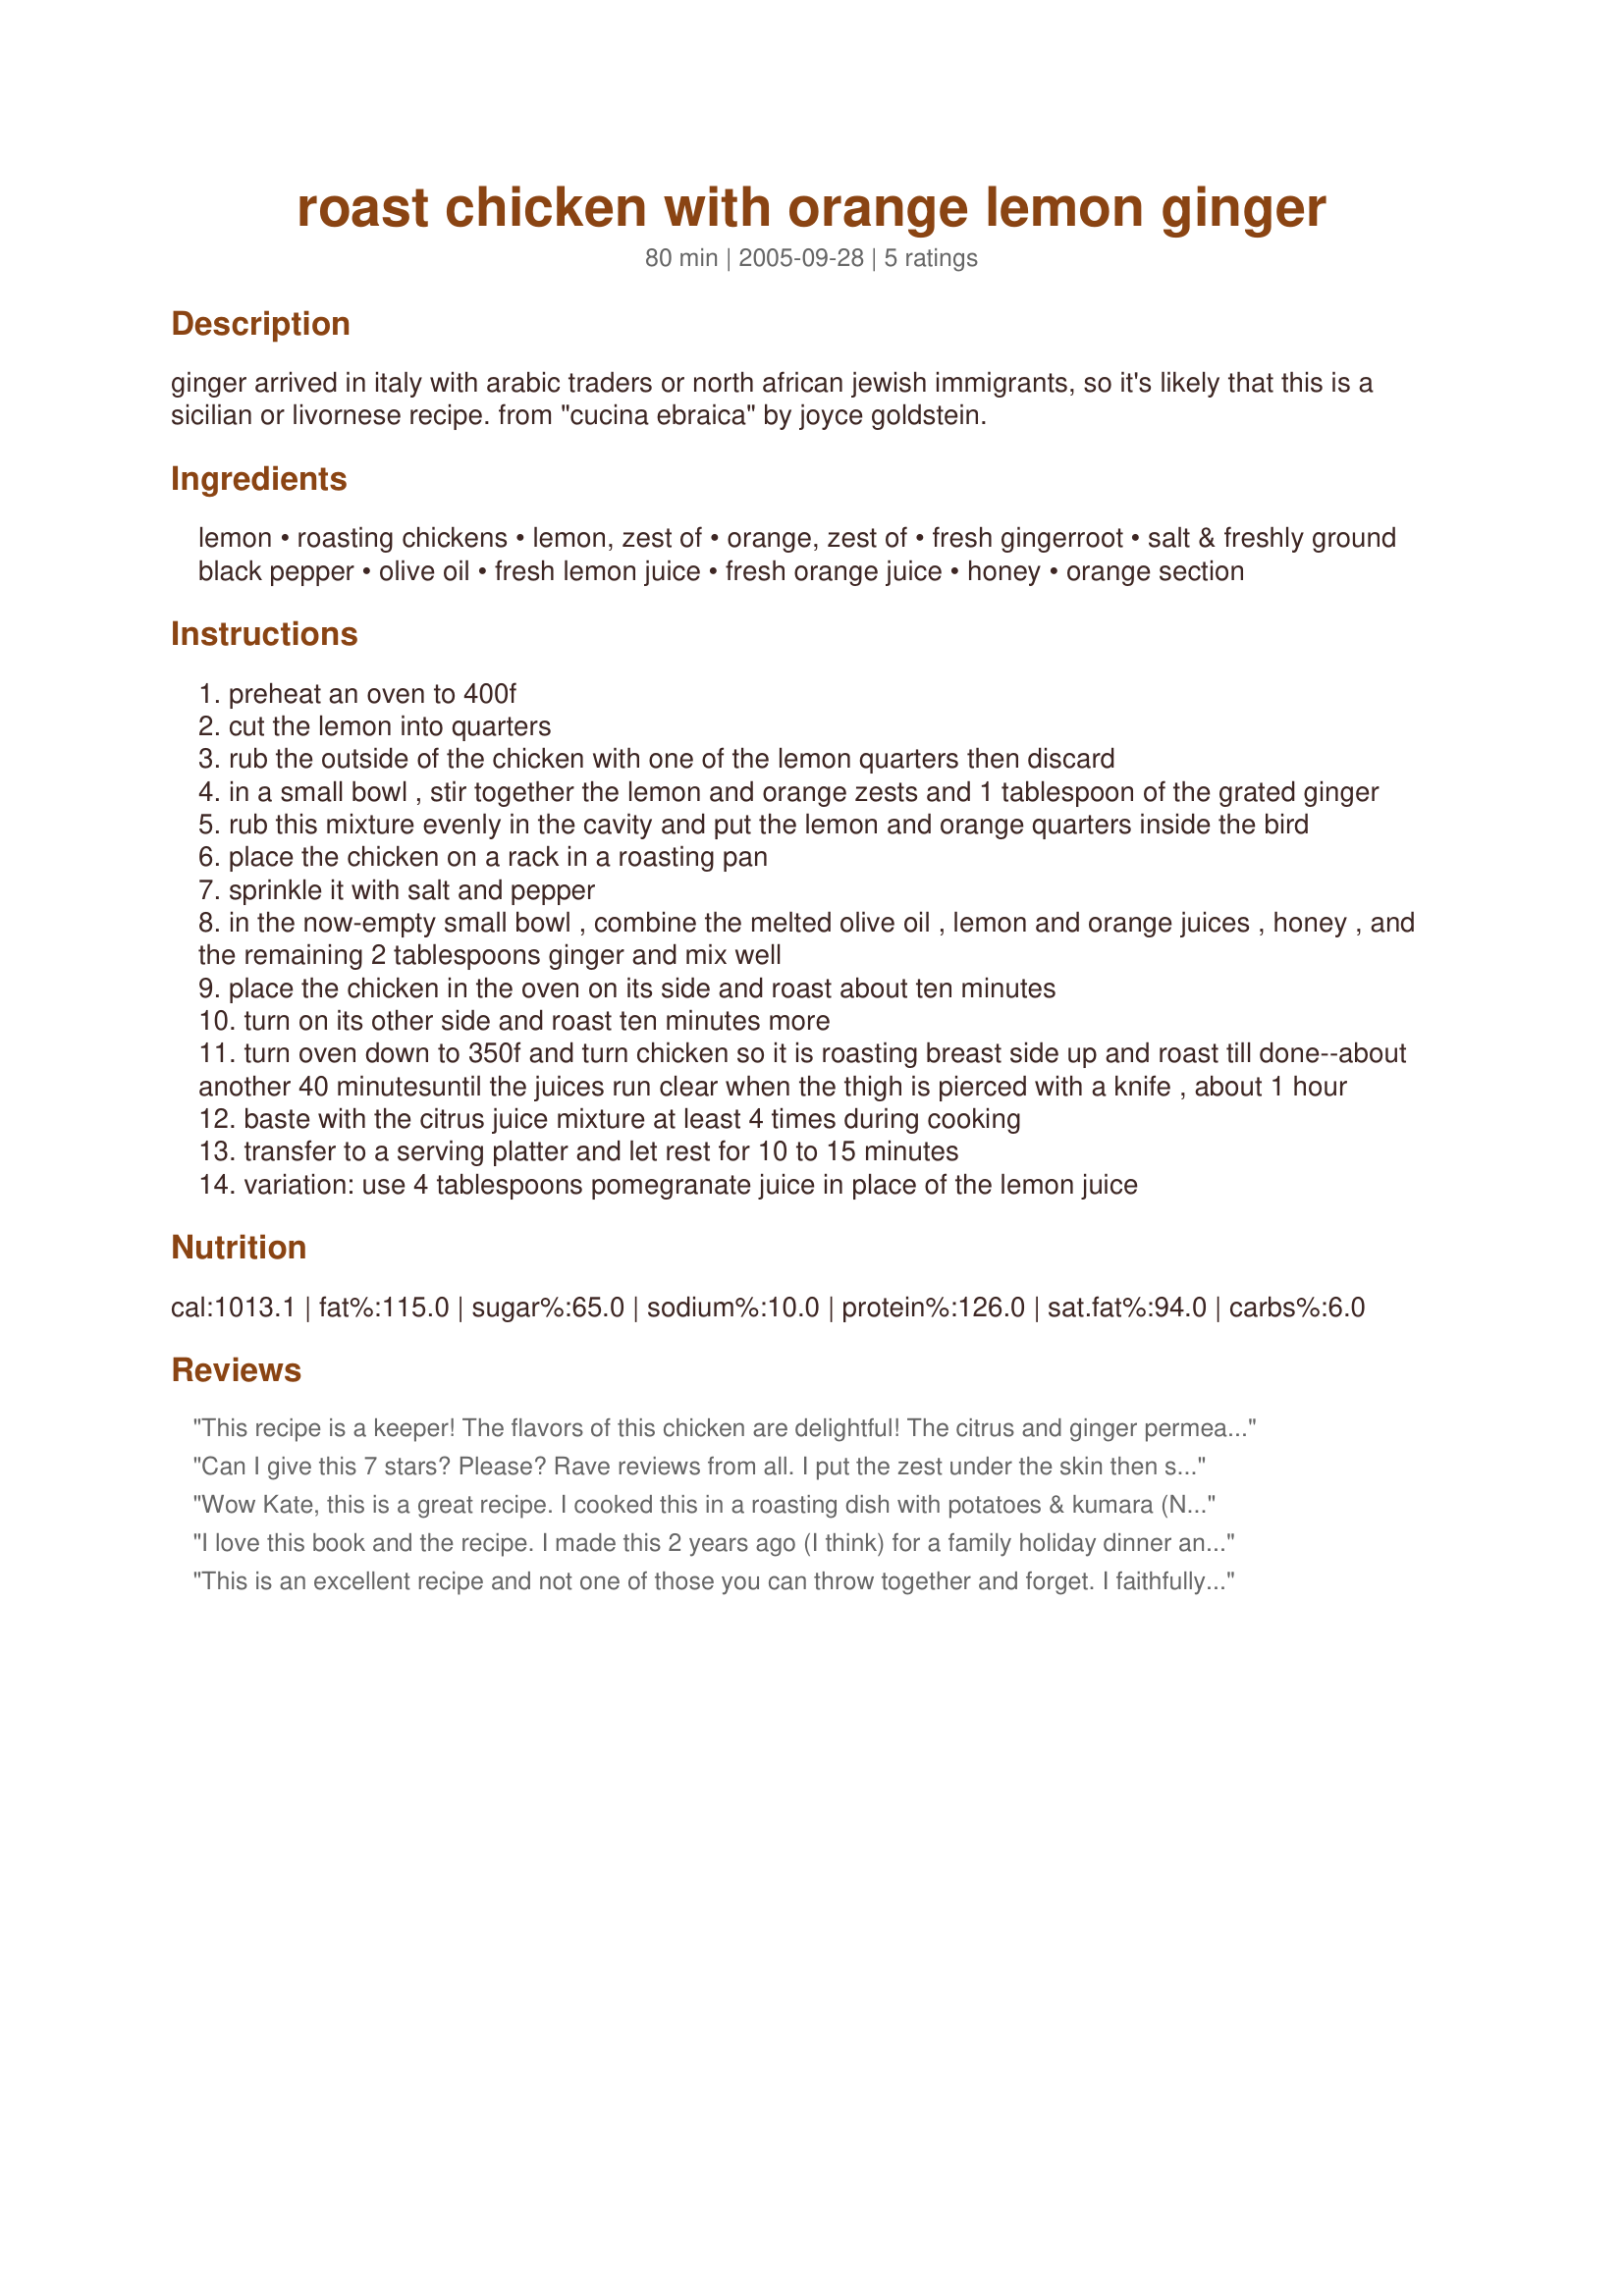
roast chicken with orange lemon ginger
Preparation time: 80 minutes

ginger arrived in italy with arabic traders or north african jewish immigrants, so it's likely that this is a sicilian or livornese recipe. from "cucina ebraica" by joyce goldstein.

Ingredients:
lemon, roasting chickens, lemon, zest of, orange, zest of, fresh gingerroot, salt & freshly ground black pepper, olive oil, fresh lemon juice, fresh orange juice, honey, orange section

Steps:
preheat an oven to 400f
cut the lemon into quarters
rub the outside of the chicken with one of the lemon quarters then discard
in a small bowl , stir together the lemon and orange zests and 1 tablespoon of the grated ginger
rub this mixture evenly in the cavity and put the lemon and orange quarters inside the bird
place the chicken on a rack in a roasting pan
sprinkle it with salt and pepper
in the now-empty small bowl , combine the melted olive oil , lemon and orange juices , honey , and the remaining 2 tablespoons ginger and mix well
place the chicken in the oven on its side and roast about ten minutes
turn on its other side and roast ten minutes more
turn oven down to 350f and turn chicken so it is roasting breast side up and roast till done--about another 40 minutesuntil the juices run clear when the thigh is pierced with a knife , about 1 hour
baste with the citrus juice mixture at least 4 times during cooking
transfer to a serving platter and let rest for 10 to 15 minutes
variation: use 4 tablespoons pomegranate juice in place of the lemon juice

Reviews:
This recipe is a keeper! The flavors of this chicken are delightful! The citrus and ginger permeates the chicken and delicately flavors every bite. The chicken is moist and the meat is tender. I actually cooked it in a rotisserie oven for an hour and 45 minutes. The skin was dark, crisp and full of flavor. This is a wonderful recipe - I highly recommended! Thanks Kate!
Can I give this 7 stars? Please? Rave reviews from all. I put the zest under the skin then stuffed the squeezed fruit in the cavity. Oh soooo delicious & juicy. The skin browned up beautifully thanks to a bit of honey in the marinade. This is a 'company' dish!! THANK YOU, Kate!!
Wow Kate, this is a great recipe. I cooked this in a roasting dish with potatoes & kumara (New Zealand sweet potato). Orange complements kumara well, so boy it tasted good. Once I had removed the chicken from the pan I made gravy by adding some chicken stock & about 1/4 c of NZ chardonnay (which just happened to be citrusy - perfect). Added some flour/butter paste & cooked this off to make a wonderful fruity gravy. This is a fantastic recipe, I did miss having stuffing but it was only a small loss. As the gravy & chicken is quite rich a little goes a long way. Thanks for a wonderful recipe!
I love this book and the recipe. I made this 2 years ago (I think) for a family holiday dinner and everyone enjoyed it, even dad who hates poultry. Thanks for poting.
This is an excellent recipe and not one of those you can throw together and forget. I faithfully basted mine every 15 minutes and was wonderfully pleased with the results. The skin was beautiful and looked very much like the photo. The citrus helps this dish to be moist and flavorful. I used the option of pomegranate juice in place of the lemon. The chicken I used may have been larger than 5 pounds due to the fact that I cooked the chicken an additional 30 minutes. The chicken was served with Butter Roasted Carrots Recipe #137144 and Episcopal Green Beans recipe #105319 for a delicious meal.
